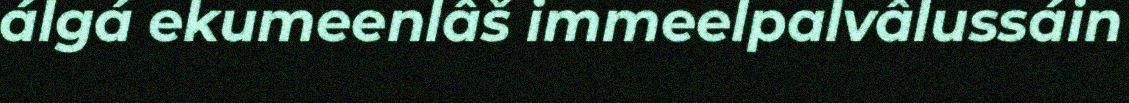
álgá ekumeenlâš immeelpalvâlussáin